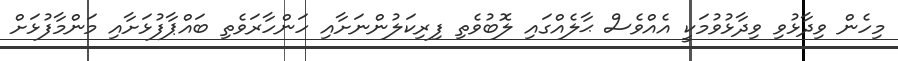
މިހެން ވިދާޅުވި ވިދާޅުވުމަކީ އެއްވެސް ޙާލެއްގައި ލޮބުވެތި ފިރިކަލުންނަށާއި ހަންހާރަވެތި ބައްޕާފުޅަށާއި މަންމާފުޅަށް